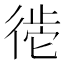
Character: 𪫒